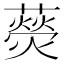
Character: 藀